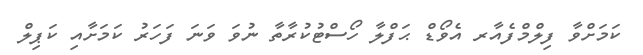
ކަމަށްވާ ފިލްމްފެއާރ އެވޯޑް ޙަފްލާ ހޯސްޓުކުރާތާ ނުވަ ވަނަ ފަހަރު ކަމަށާއި ކަޕިލް